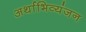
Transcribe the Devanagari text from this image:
अर्थाभिव्यंजन